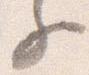
子